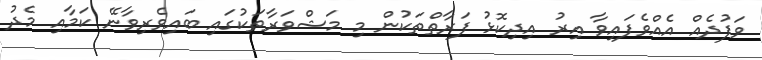
ވަފުދެއް އެއްވެފައިވާ އިރު އިދިކޮޅު ފަރާތްތަކުން މި މަޝްވަރާތަކުގައި ބައިވެރިވާނޭ ކަމާއި މެދު